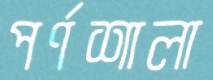
পর্ণশালা